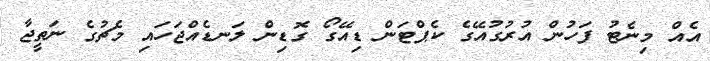
އެއް މިނެޓު ފަހުން އުރުގުއޭގެ ކެޕްޓަން ޑިއޭގޯ ގޮޑިން ލަނޑެއްޖަހައި މެޗުގެ ނަތީޖާ